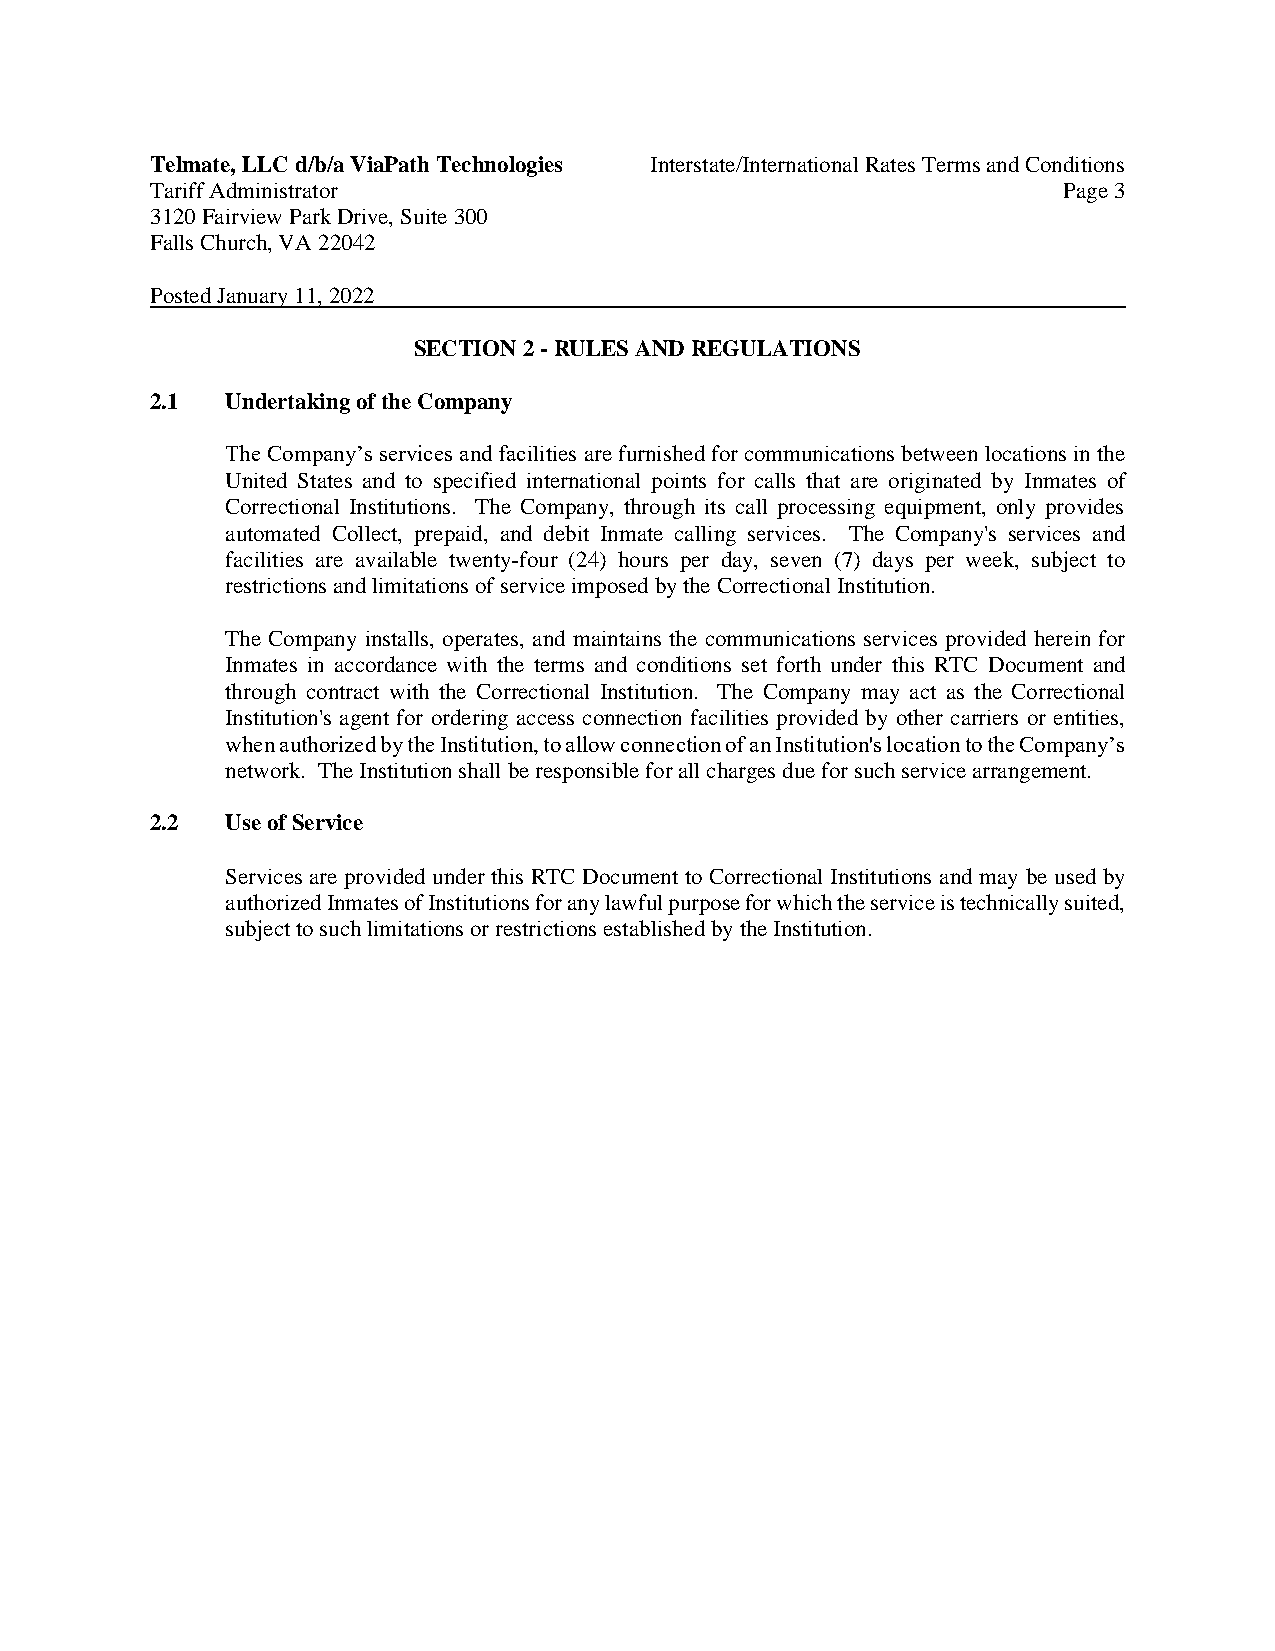
Telmate, LLC d/b/a ViaPath Technologies Interstate/International Rates Terms and Conditions
 Tariff Administrator                                        Page 3
 3120 Fairview Park Drive, Suite 300
 Falls Church, VA 22042
 Posted January 11, 2022
 SECTION 2 - RULES AND REGULATIONS
 2.1  Undertaking of the Company
 The Company’s services and facilities are furnished for communications between locations in the
 United States and to specified international points for calls that are originated by Inmates of
 Correctional Institutions. The Company, through its call processing equipment, only provides
 automated Collect, prepaid, and debit Inmate calling services. The Company's services and
 facilities are available twenty-four (24) hours per day, seven (7) days per week, subject to
 restrictions and limitations of service imposed by the Correctional Institution.
 The Company installs, operates, and maintains the communications services provided herein for
 Inmates in accordance with the terms and conditions set forth under this RTC Document and
 through contract with the Correctional Institution. The Company may act as the Correctional
 Institution's agent for ordering access connection facilities provided by other carriers or entities,
 when authorized by the Institution, to allow connection of an Institution's location to the Company’s
 network. The Institution shall be responsible for all charges due for such service arrangement.
 2.2  Use of Service
 Services are provided under this RTC Document to Correctional Institutions and may be used by
 authorized Inmates of Institutions for any lawful purpose for which the service is technically suited,
 subject to such limitations or restrictions established by the Institution.